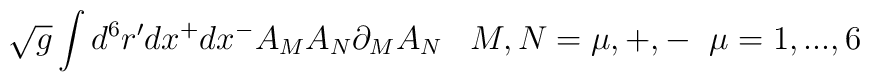
\sqrt{g}\int d^6r'dx^+dx^- A_{M}A_{N}\partial_{M}A_{N}\;\;\; M,N=\mu, +, - \;\; \mu =1,...,6